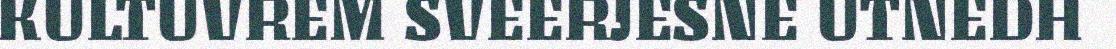
KULTUVREM SVEERJESNE UTNEDH